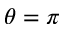
\theta = \pi